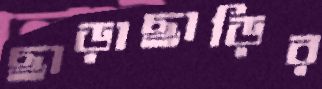
ছাড়াছাড়ির